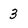
Character: 3